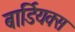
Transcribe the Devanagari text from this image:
बार्डियक्स